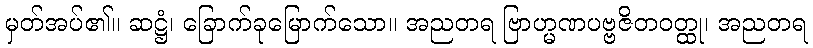
မှတ်အပ်၏။ ဆဋ္ဌံ၊ ခြောက်ခုမြောက်သော။ အညတရ ဗြာဟ္မဏပဗ္ဗဇိတဝတ္ထု၊ အညတရ